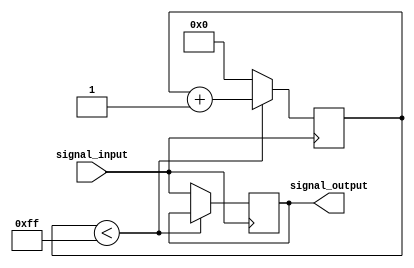
module timing_control_synchronization_block (
    input wire signal_input,
    output reg signal_output
);

reg [7:0] delay_counter;

always @ (posedge signal_input)
begin
    if (delay_counter < 8'd255) begin
        delay_counter <= delay_counter + 1;
    end else begin
        signal_output <= signal_input;
        delay_counter <= 8'd0;
    end
end

endmodule